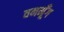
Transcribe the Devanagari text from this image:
वनमूँग